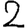
Digit: 2